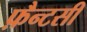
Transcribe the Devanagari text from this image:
फ़ैन्टसी